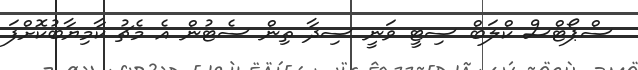
ސްޕޯޓްސް ކްލަބް ސިޓީ ވަނީ ސިދާ ތިން ސެޓުން އެ މެޗު ކާމިޔާބުކޮށްފަ